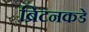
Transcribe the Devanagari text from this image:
ब्रिटनकडे